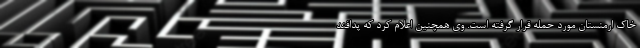
خاک ارمنستان مورد حمله قرار گرفته است. وی همچنین اعلام کرد که پدافند